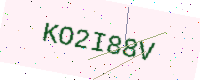
Text: KO2I88V